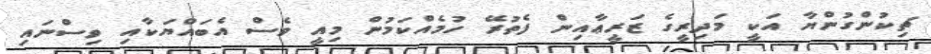
ޗިކުންގުންޔާ އަކީ މަދިރީގެ ޒަރީޢާއިން ފެތުރޭ ހުމެއްކަމުން މިއީ ވެސް އެބައްޔަކާއި ވިސްނައި